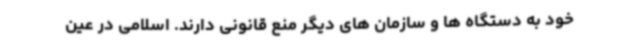
خود به دستگاه ها و سازمان های دیگر منع قانونی دارند. اسلامی در عین